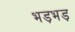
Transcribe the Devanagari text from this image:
भड़भड़